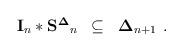
LaTeX: \begin{align*}\begin{array}{lll}{\bf I}_n*{\bf S^\Delta }_n & \subseteq & {\bf \Delta }_{n+1}\end{array}{}.\end{align*}